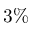
3 \%